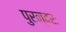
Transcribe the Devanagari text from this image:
पुरन्दरः